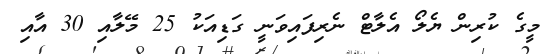
މީގެ ކުރިން ޔެލޯ އެލާޓް ނެރިފައިވަނީ ގަޑިއަކު 25 މޭލާއި 30 އާއި